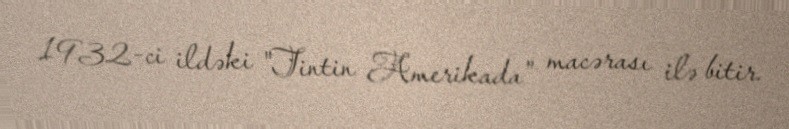
1932-ci ildəki "Tintin Amerikada" macərası ilə bitir.